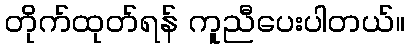
တိုက်ထုတ်ရန် ကူညီပေးပါတယ်။